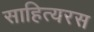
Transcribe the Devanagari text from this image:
साहित्यरस